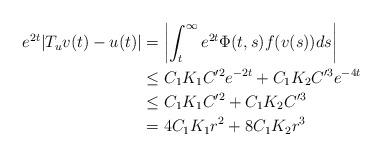
LaTeX: \begin{align*}e^{2t} | T_u v(t) - u(t)| & = \left| \int_t^\infty e^{2t} \Phi(t, s) f(v(s)) ds \right| \\& \le C_1K_1C'^2 e^{-2t} + C_1 K_2 C'^3 e^{-4t} \\& \le C_1 K_1 C'^2 + C_1 K_2 C'^3 \\& = 4C_1 K_1 r^2 + 8C_1 K_2 r^3\end{align*}